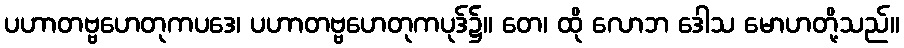
ပဟာတဗ္ဗဟေတုကပဒေ၊ ပဟာတဗ္ဗဟေတုကပုဒ်၌။ တေ၊ ထို လောဘ ဒေါသ မောဟတို့သည်။